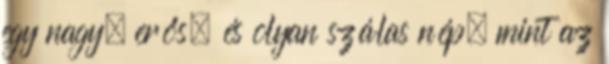
egy nagy, erős, és olyan szálas nép, mint az